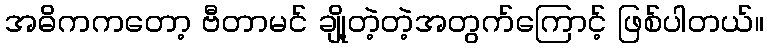
အဓိကကတော့ ဗီတာမင် ချို့တဲ့တဲ့အတွက်ကြောင့် ဖြစ်ပါတယ်။